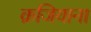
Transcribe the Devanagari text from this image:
क़जियाना